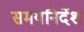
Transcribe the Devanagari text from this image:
समयनिर्देश